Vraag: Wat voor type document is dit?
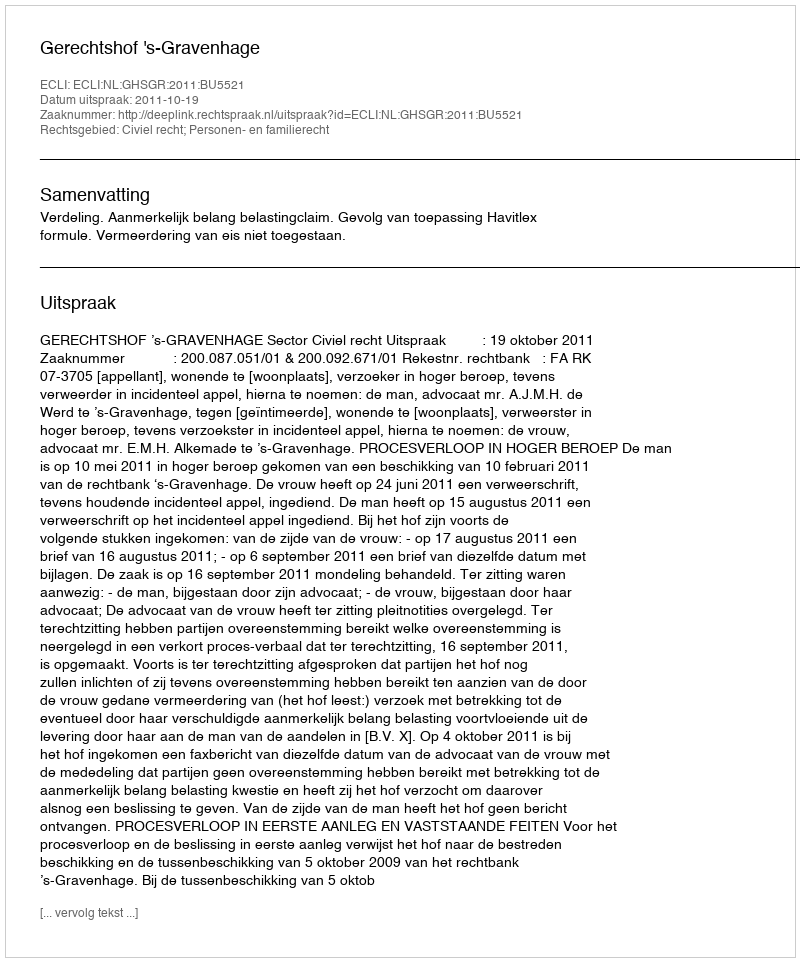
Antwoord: Uitspraak